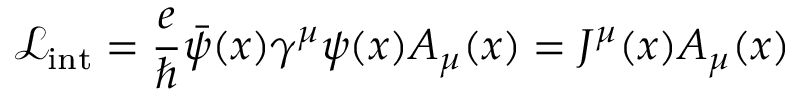
{ \mathcal { L } } _ { \mathrm { i n t } } = { \frac { e } { \hbar } } { \bar { \psi } } ( x ) \gamma ^ { \mu } \psi ( x ) A _ { \mu } ( x ) = J ^ { \mu } ( x ) A _ { \mu } ( x )